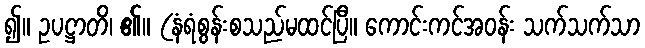
၍။ ဥပဋ္ဌာတိ၊ ၏။ (နံရံစွန်းစသည်မထင်ပြီ။ ကောင်းကင်အဝန်း သက်သက်သာ